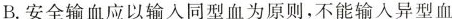
B. 安全输血应以输入同型血为原则，不能输入异型血